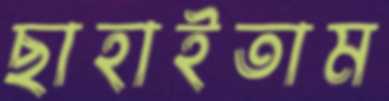
ছাহাইতাম